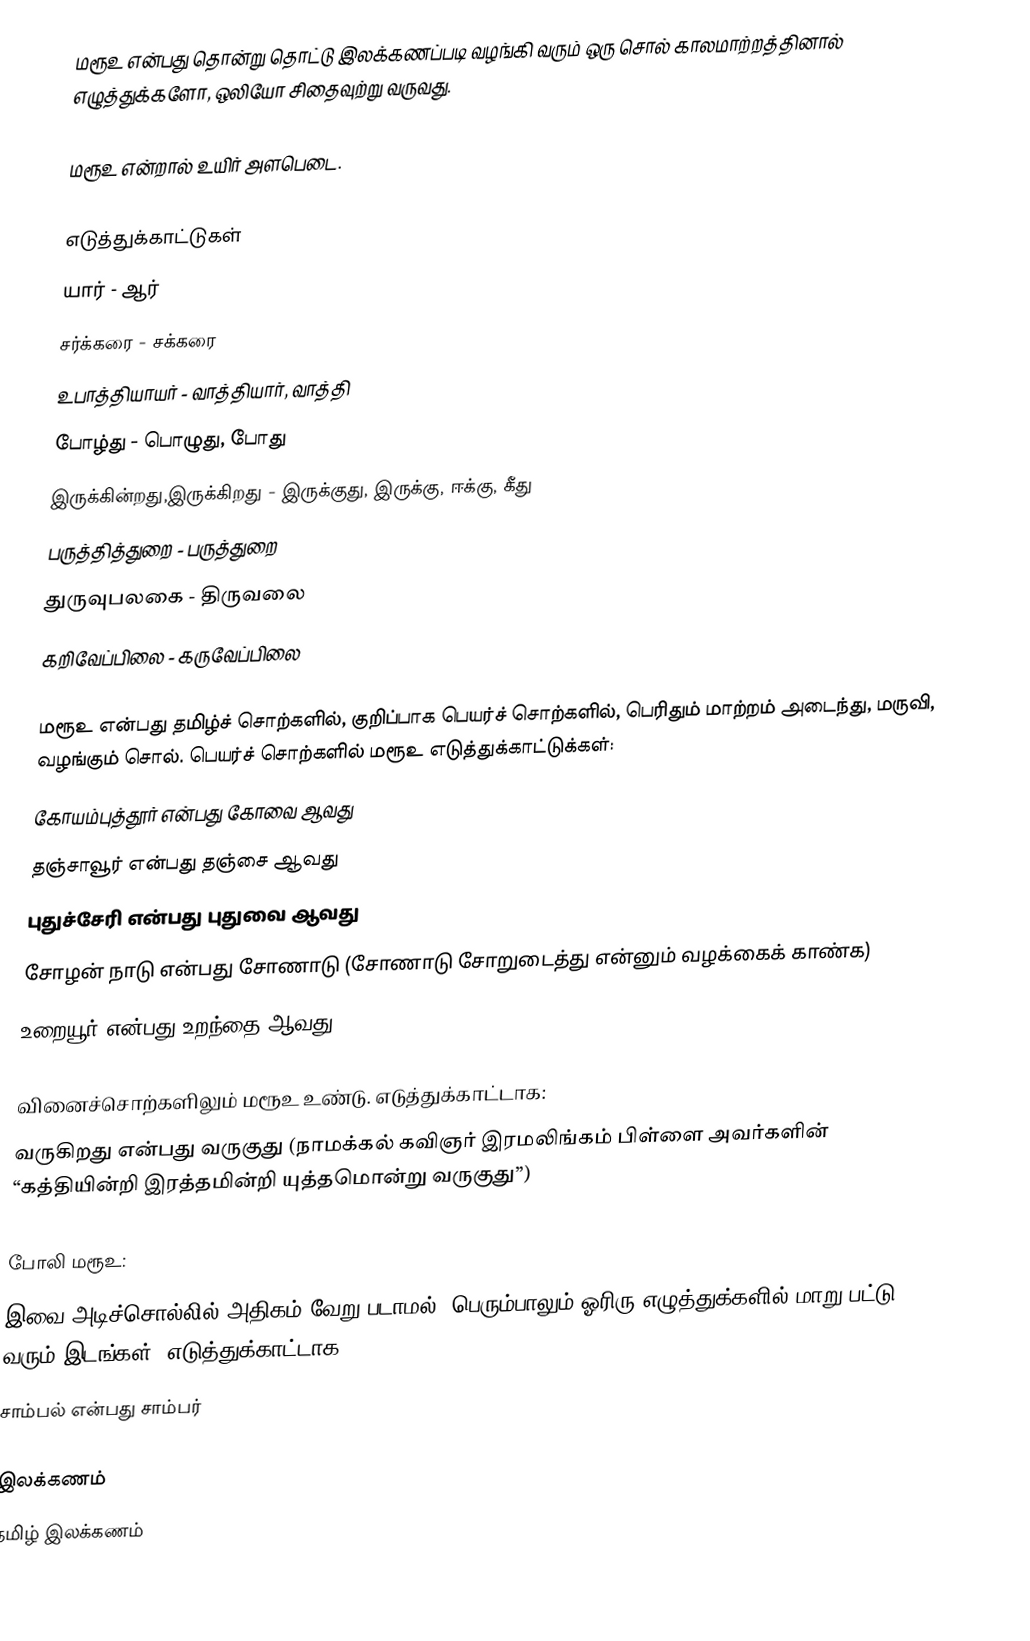
மரூஉ என்பது தொன்று தொட்டு இலக்கணப்படி வழங்கி வரும் ஒரு சொல் காலமாற்றத்தினால் எழுத்துக்களோ, ஒலியோ சிதைவுற்று வருவது.

மரூஉ என்றால் உயிர் அளபெடை.

எடுத்துக்காட்டுகள்
 யார் - ஆர்
 சர்க்கரை - சக்கரை
 உபாத்தியாயர் - வாத்தியார், வாத்தி
 போழ்து - பொழுது, போது
 இருக்கின்றது,இருக்கிறது - இருக்குது, இருக்கு, ஈக்கு, கீது
 பருத்தித்துறை - பருத்துறை
 துருவுபலகை - திருவலை
 கறிவேப்பிலை - கருவேப்பிலை

மரூஉ என்பது தமிழ்ச் சொற்களில், குறிப்பாக பெயர்ச் சொற்களில், பெரிதும் மாற்றம் அடைந்து, மருவி, வழங்கும் சொல். பெயர்ச் சொற்களில் மரூஉ எடுத்துக்காட்டுக்கள்:
கோயம்புத்தூர் என்பது கோவை ஆவது
தஞ்சாவூர் என்பது தஞ்சை ஆவது
புதுச்சேரி என்பது புதுவை ஆவது
சோழன் நாடு என்பது சோணாடு (சோணாடு சோறுடைத்து என்னும் வழக்கைக் காண்க)
உறையூர் என்பது உறந்தை ஆவது.

வினைச்சொற்களிலும் மரூஉ உண்டு. எடுத்துக்காட்டாக:
வருகிறது என்பது வருகுது (நாமக்கல் கவிஞர் இரமலிங்கம் பிள்ளை அவர்களின் “கத்தியின்றி இரத்தமின்றி யுத்தமொன்று வருகுது”)

போலி மரூஉ:
இவை அடிச்சொல்லில் அதிகம் வேறு படாமல், பெரும்பாலும் ஓரிரு எழுத்துக்களில் மாறு பட்டு வரும் இடங்கள். எடுத்துக்காட்டாக:
சாம்பல் என்பது சாம்பர்

இலக்கணம்
தமிழ் இலக்கணம்